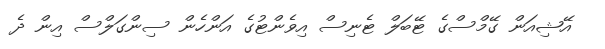
އޭޝިއަން ގޭމްސްގެ ޓޭބަލް ޓެނިސް އިވެންޓުގެ އަންހެން ސިންގަލްސް އިން ދެ